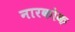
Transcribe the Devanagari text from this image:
नारकोक